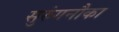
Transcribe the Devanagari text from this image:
सुरुंगनौका